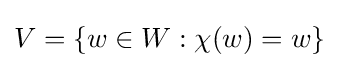
V=\{w\in W:\chi (w)=w\}